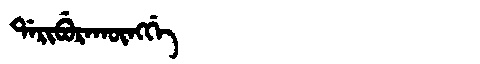
Manchu: ᡩᠠᡵᡳᠪᡠᡵᠠᡴᡡᠩᡤᡝ
Romanization: DARIBURAKŪNGGE